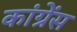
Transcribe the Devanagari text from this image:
कांग्रेंस